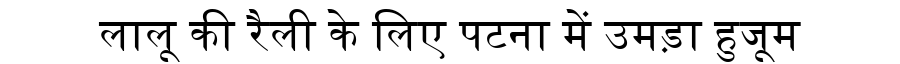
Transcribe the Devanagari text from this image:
लालू की रैली के लिए पटना में उमड़ा हुजूम